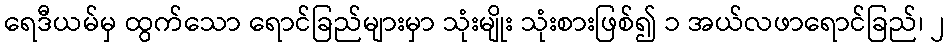
ရေဒီယမ်မှ ထွက်သော ရောင်ခြည်များမှာ သုံးမျိုး သုံးစားဖြစ်၍ ၁ အယ်လဖာရောင်ခြည်၊ ၂